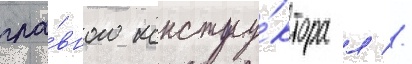
гла́вного констру́ктора л //